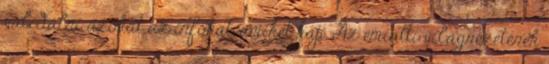
validálni azokat az infókat, amiket kap. Az emiatti világnézetének